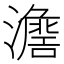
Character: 𱩷